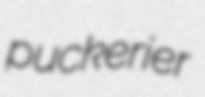
puckerier